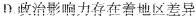
D政治影响力存在着地区差异